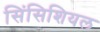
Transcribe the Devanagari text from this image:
सिंसिशियल